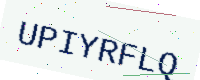
Text: UPIYRFLQ